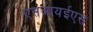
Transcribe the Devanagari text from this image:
एसआयईएस